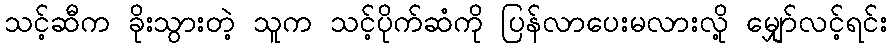
သင့်ဆီက ခိုးသွားတဲ့ သူက သင့်ပိုက်ဆံကို ပြန်လာပေးမလားလို့ မျှော်လင့်ရင်း